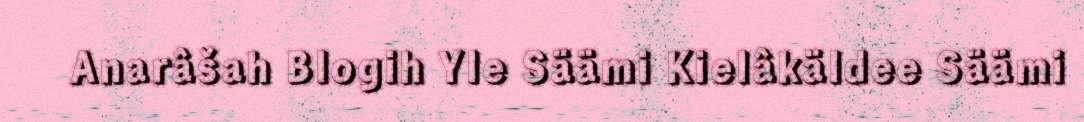
Anarâšah Blogih Yle Säämi Kielâkäldee Säämi